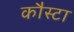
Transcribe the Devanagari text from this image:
कौस्टा